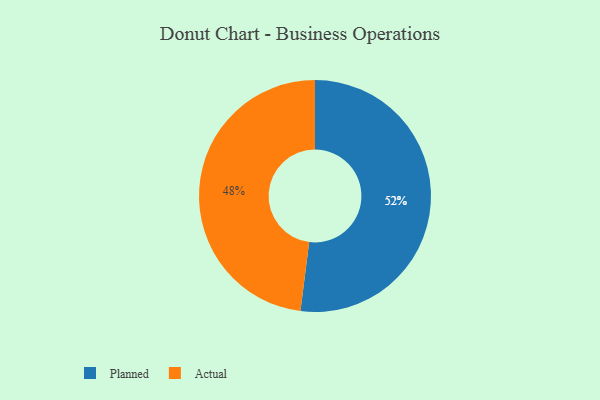
{"axis": {"x": "Category", "y": "Percentage"}, "legend": ["Actual", "Planned"], "data": [{"x": "Planned", "y": 52, "type": "Planned"}, {"x": "Actual", "y": 48, "type": "Actual"}]}